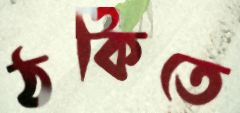
ঠকিতে